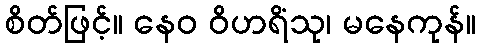
စိတ်ဖြင့်။ နေဝ ဝိဟရိံသု၊ မနေကုန်။